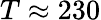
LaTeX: T\approx 230